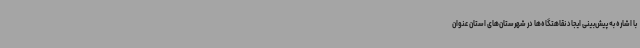
با اشاره به پیش‌بینی ایجاد نقاهتگاه‌ها در شهرستان‌های استان عنوان